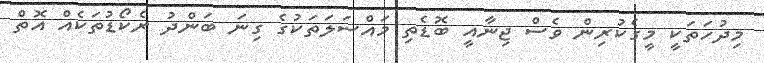
މިދުހަތަކީ މީގެކުރިން ވެސް ޖިނާއީ ބޮޑެތި މައްސަލަތަކުގެ ގިނަ ބަންދު ރެކޯޑުތަކެއް އޮތް